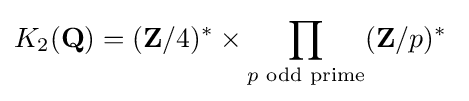
K_{2}(\mathbf {Q} )=(\mathbf {Z} /4)^{*}\times \prod _{p{\text{ odd prime}}}(\mathbf {Z} /p)^{*}\